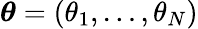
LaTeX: \boldsymbol{\theta}=(\theta_{1},\ldots,\theta_{N})